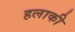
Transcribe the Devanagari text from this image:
हलाकी